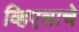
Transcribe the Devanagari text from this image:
व्हिएन्नाचे